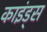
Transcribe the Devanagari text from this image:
काइंड्स